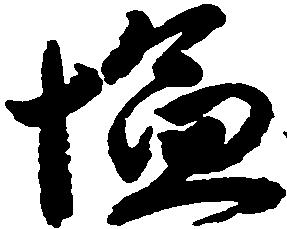
塩